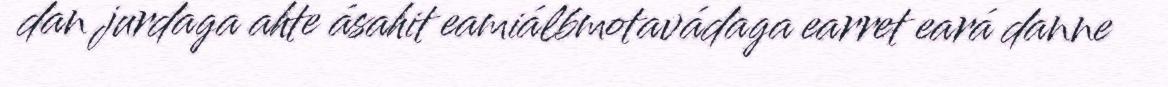
dan jurdaga ahte ásahit eamiálbmotavádaga earret eará danne